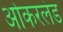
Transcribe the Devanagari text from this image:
ओकरलंड